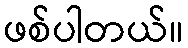
ဖစ်ပါတယ်။